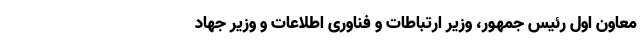
معاون اول رئیس جمهور، وزیر ارتباطات و فناوری اطلاعات و وزیر جهاد